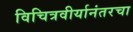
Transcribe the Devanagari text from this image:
विचित्रवीर्यानंतरचा